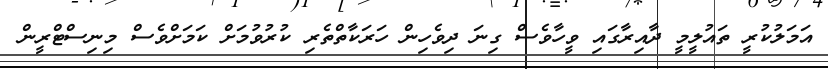
އަމަލުކުރީ ތައުލީމީ ދާއިރާގައި ވީހާވެސް ގިނަ ދިވެހިން ހަރަކާތްތެރި ކުރުވުމަށް ކަމަށްވެސް މިނިސްޓްރީން